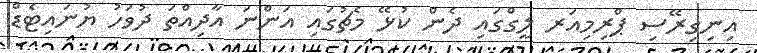
އިނިގިރޭސި ޕްރިމިއަރ ލީގްގައި ދެން ކުޅޭ މެޗުގައި އަންނަ އާދިއްތަ ދުވަހު ޔުނައިޓެޑް